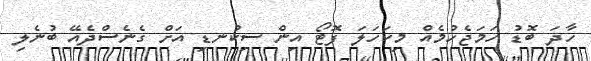
ހާދަ ބޮޑު ހަމަޖެހުމެއް މިކަހަލަ ފޮޓޯ އިން ސިކުނޑި އަށް ގެނެސްދެއޭ ބުނެލި